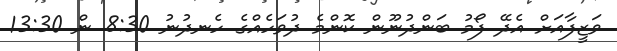
ވަޒީފާއަށް އެދޭ ފޯމު ބަންދުނޫން ކޮންމެ ދުވަހެއްގެ ހެނދުނު 8:30 ން 13:30